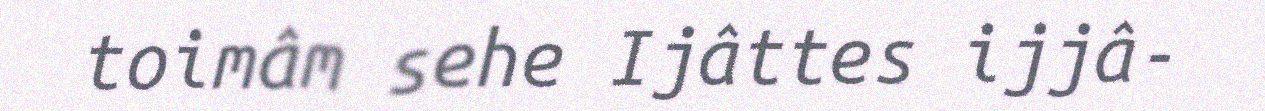
toimâm sehe Ijâttes ijjâ-